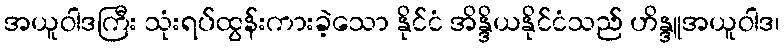
အယူဝါဒကြီး သုံးရပ်ထွန်းကားခဲ့သော နိုင်ငံ အိန္ဒိယနိုင်ငံသည် ဟိန္ဒူအယူဝါဒ၊